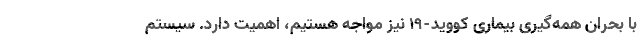
با بحران همه‌گیری بیماری کووید-19 نیز مواجه هستیم، اهمیت دارد. سیستم